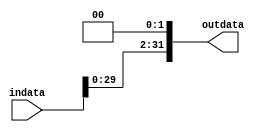
`timescale 1ns / 1ps
//////////////////////////////////////////////////////////////////////////////////
// Company: 
// Engineer: 
// 
// Design Name: 
// Module Name: shl32
// Project Name: 
// Target Devices: 
// Tool Versions: 
// Description: 
// 
// Dependencies: 
// 
// Revision:
// Revision 0.01 - File Created
// Additional Comments:
// 
//////////////////////////////////////////////////////////////////////////////////


module shl32(
    input[31:0] indata,
    output[31:0] outdata
    );
    assign outdata = {indata[29:0],1'b0,1'b0};
endmodule